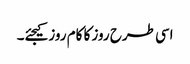
اسی طرح روز کا کام روز کیجئے۔